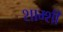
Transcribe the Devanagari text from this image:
शाम्शी